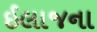
ઈલાજના